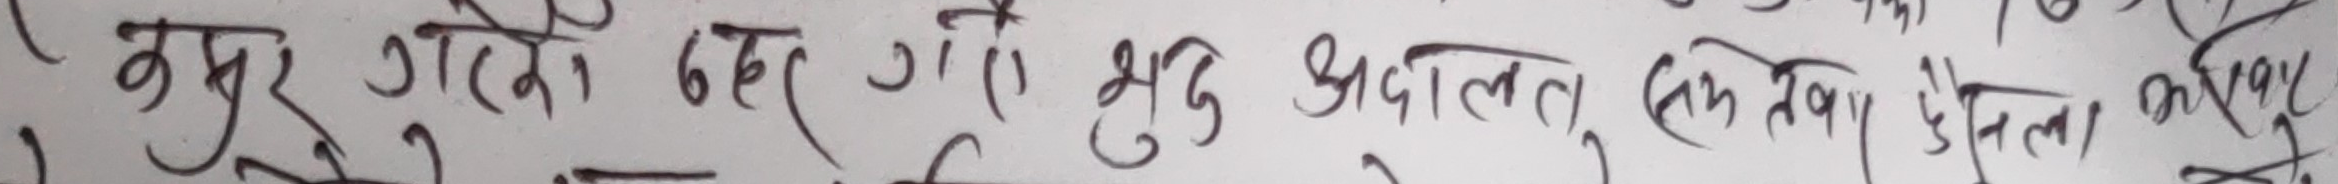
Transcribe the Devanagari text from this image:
कबुर गयो, घर गई, भृणु अदालतमा (रिम सट), अदालत